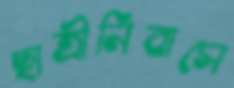
ছাত্রীনিবাসে